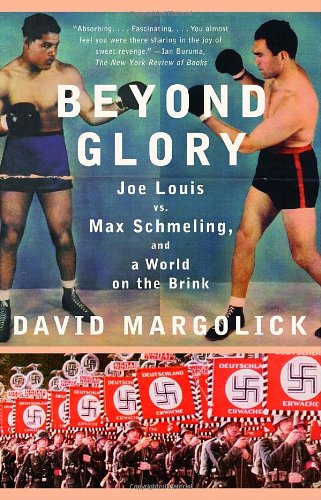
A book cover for Beyond Glory: Joe Louis vs. Max Schmeling, and a World on the Brink; David Margolick; Sports & Outdoors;